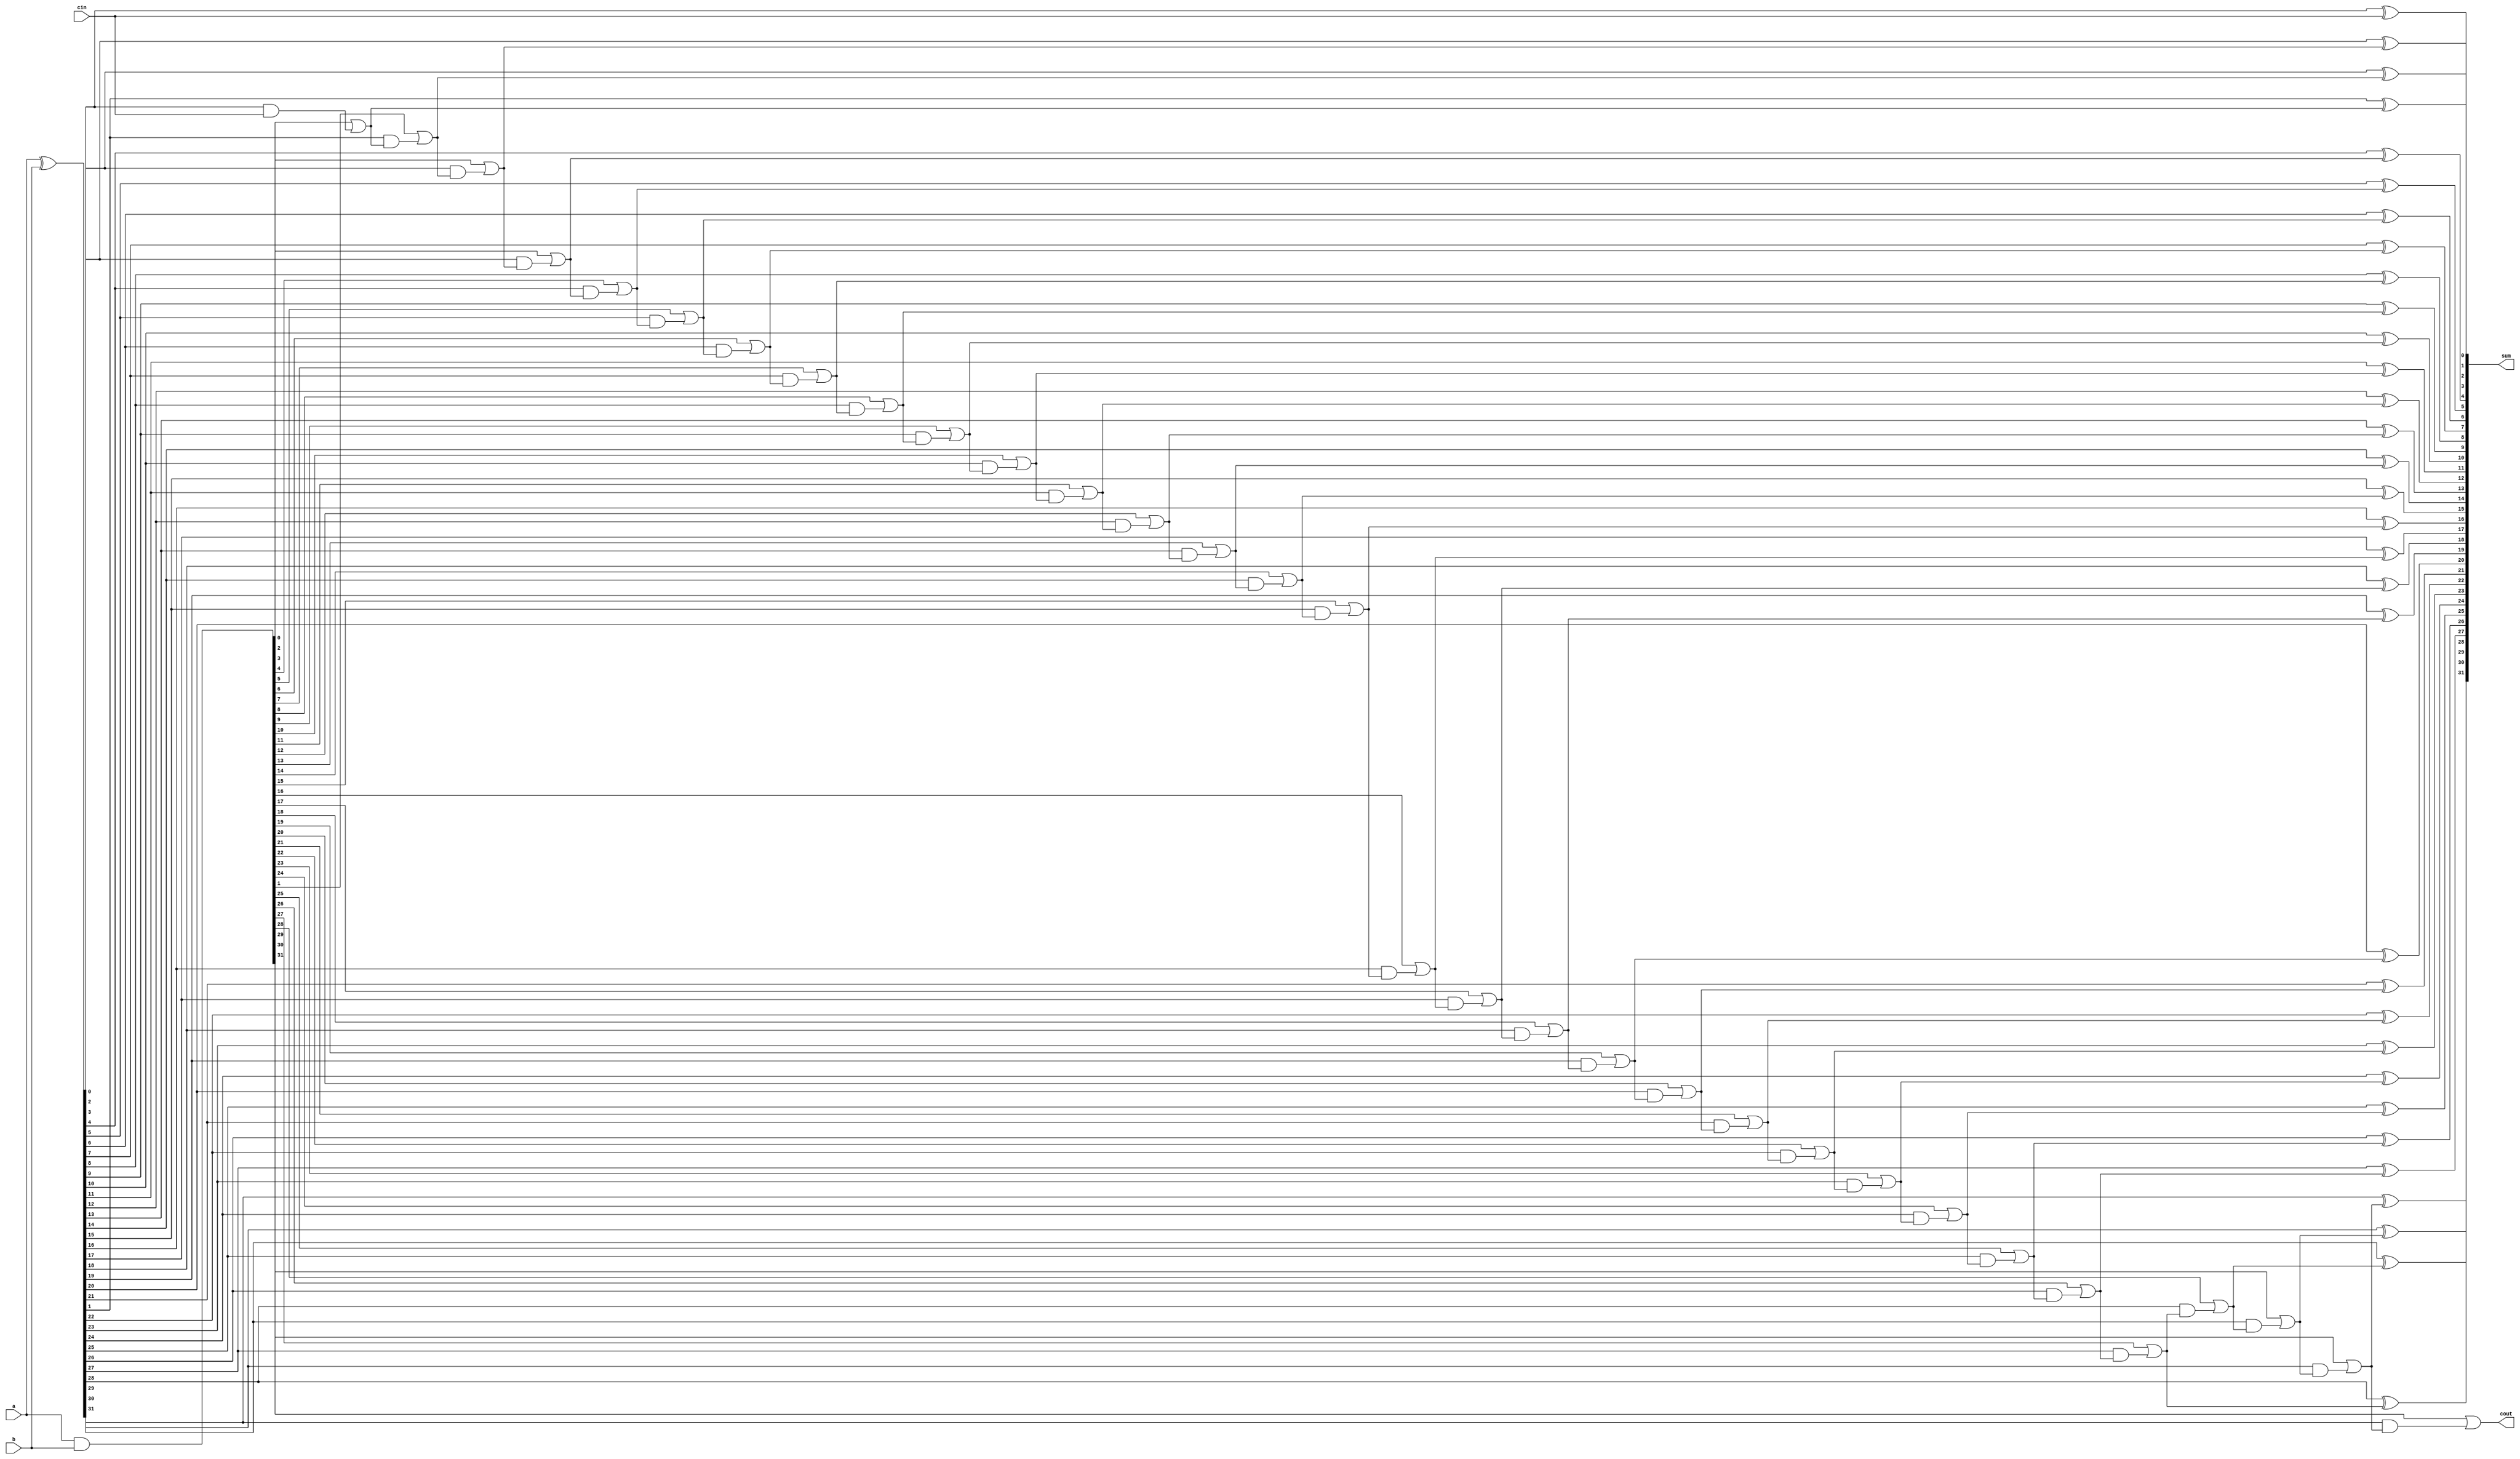
module carry_skip_adder (
    input wire [31:0] a,
    input wire [31:0] b,
    input wire cin,
    output wire [31:0] sum,
    output wire cout
);

wire [31:0] p, g;
reg [31:0] c;

assign p = a ^ b;
assign g = a & b;

assign sum[0] = p[0] ^ cin;
assign c[0] = g[0] | (p[0] & cin);

genvar i;
generate
    for (i = 1; i < 32; i = i + 1) begin
        assign sum[i] = p[i] ^ c[i-1];
        assign c[i] = g[i] | (p[i] & c[i-1]);
    end
endgenerate

assign cout = c[31];

endmodule